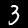
Label: 3